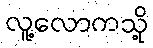
လူ့လောကသို့